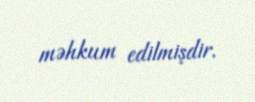
məhkum edilmişdir.